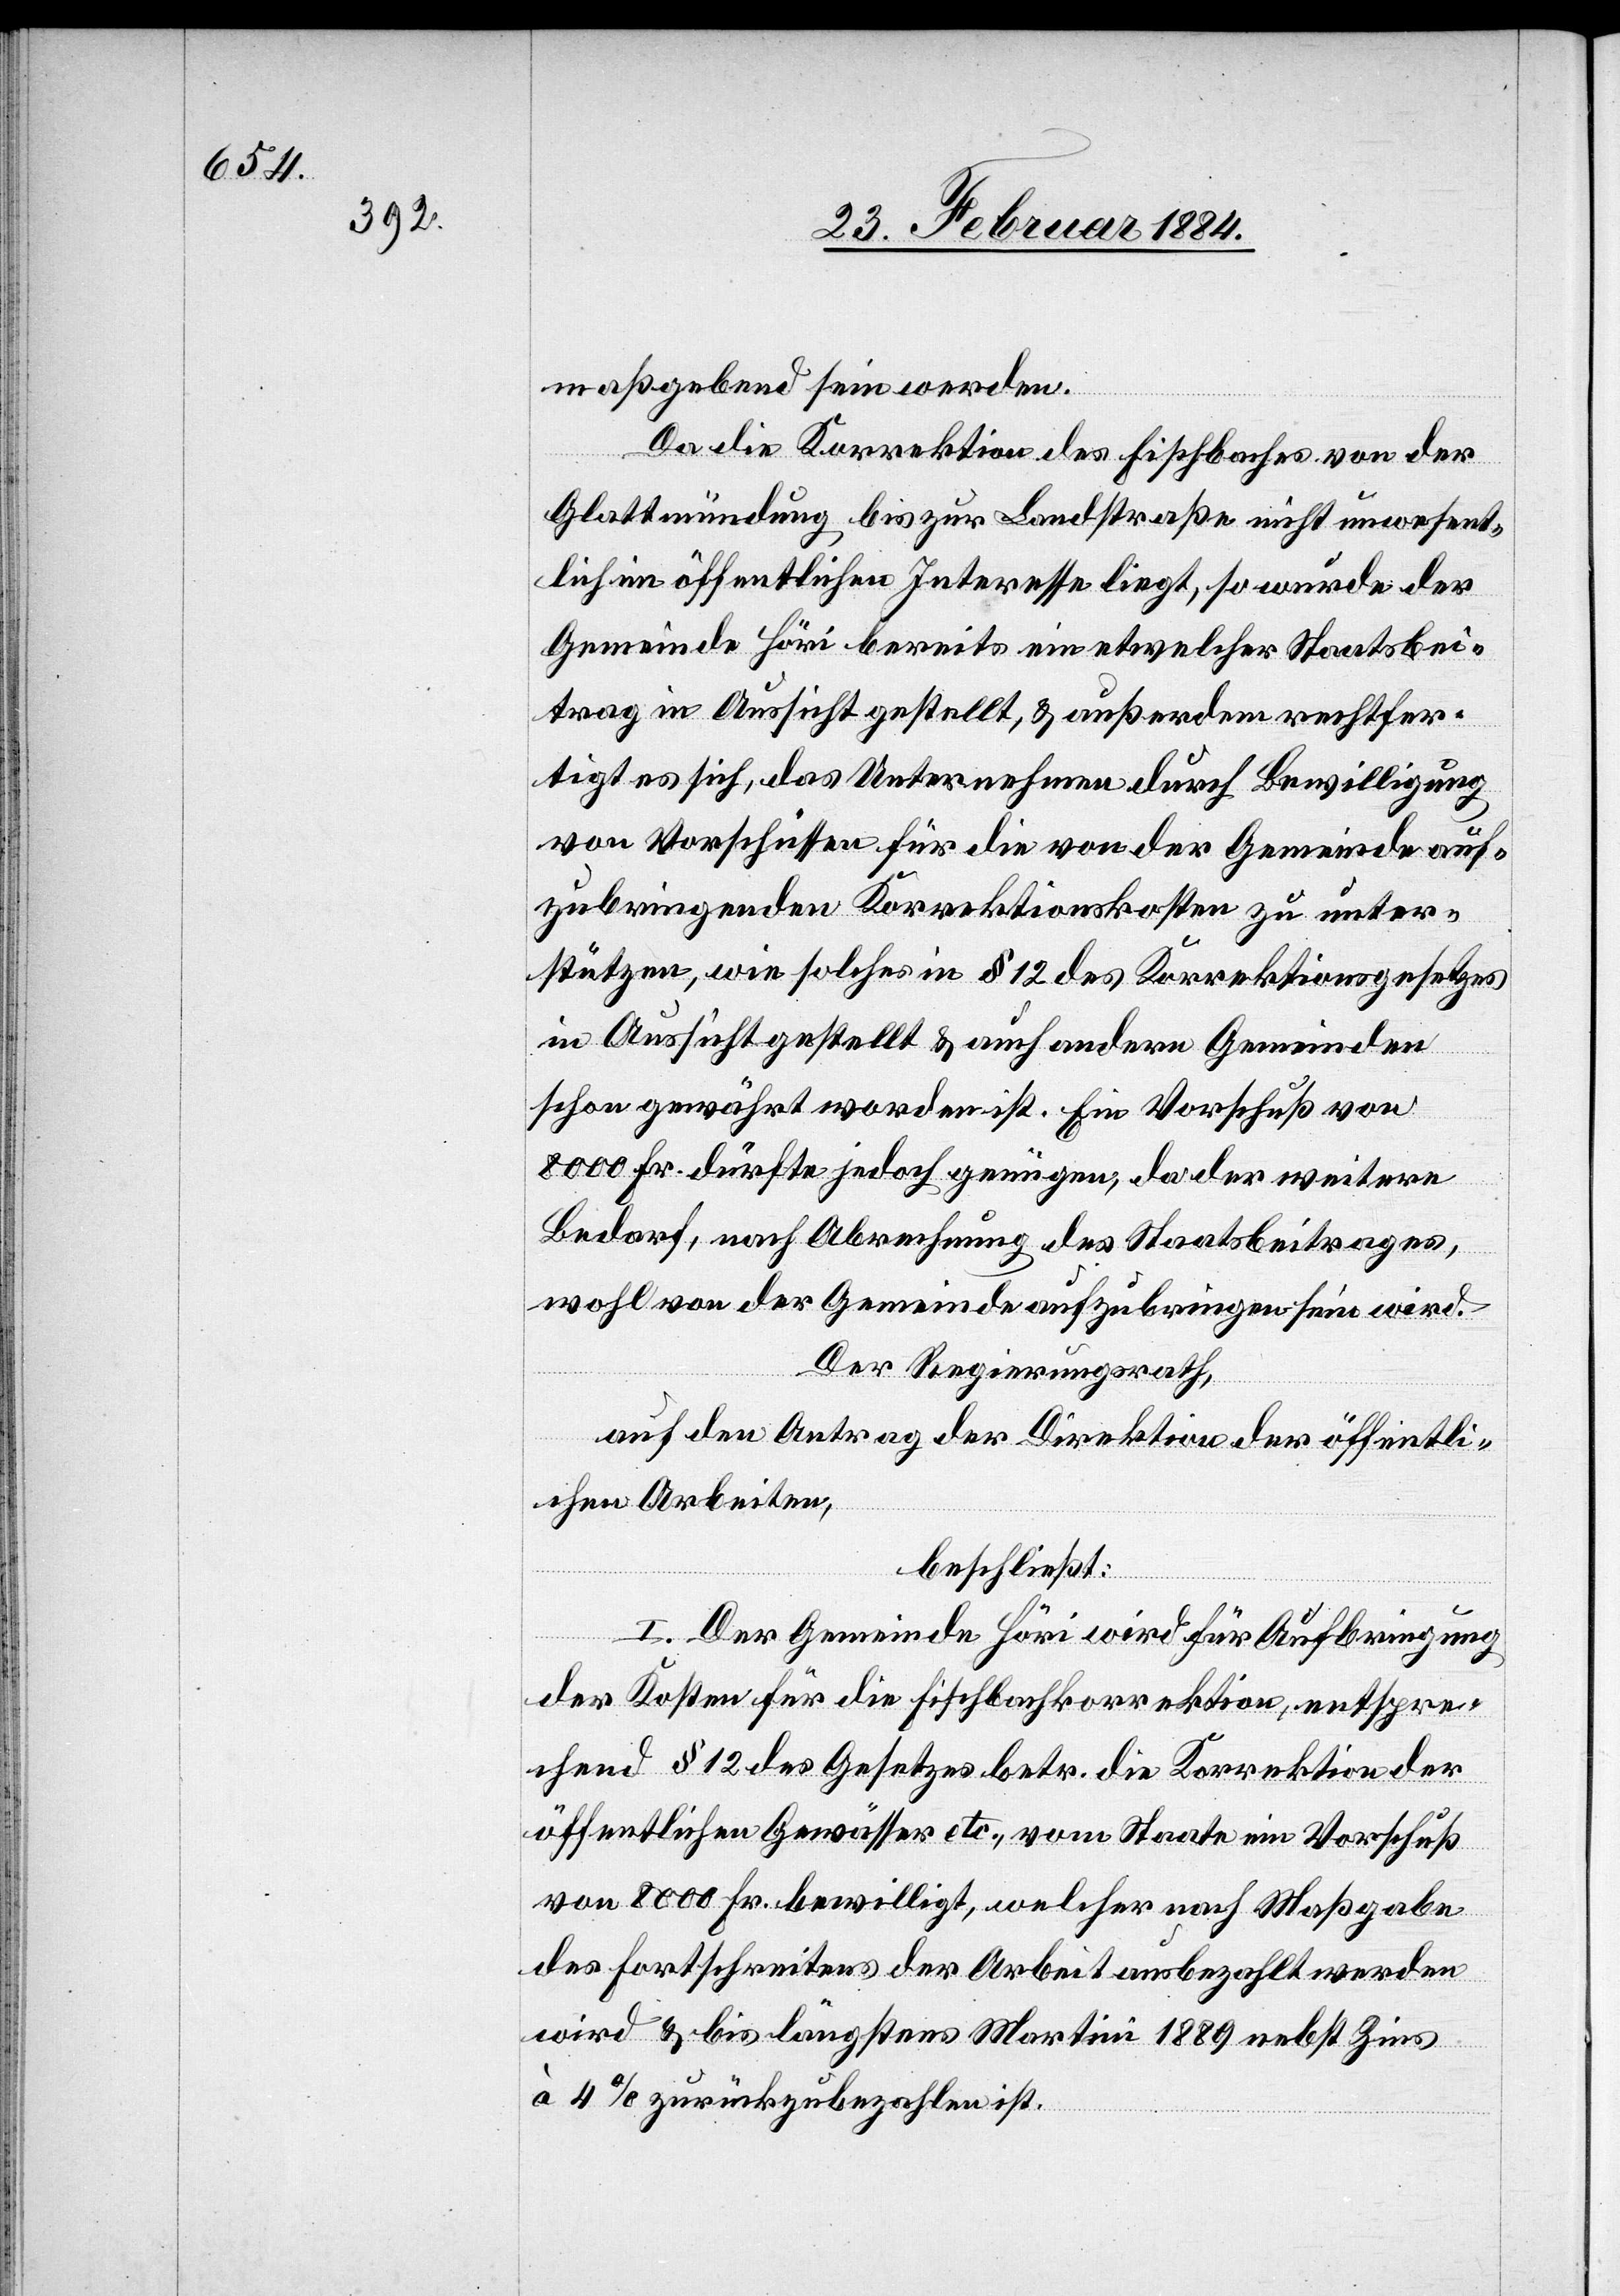
maßgebend sein werden.
Da die Korrektion des Fischbaches von der
Glattmündung bis zur Landstraße nicht unwesent¬
lich im öffentlichen Interesse liegt, so wurde der
Gemeinde Höri bereits ein etwelcher Staatsbei¬
trag in Aussicht gestellt, & außerdem rechtfer¬
tigt es sich, daß Unternehmen durch Bewilligung
von Vorschüssen für die von der Gemeinde auf¬
zubringenden Korrektionskosten zu unter¬
stützen, wie solches in § 12 des Korrektionsgesetzes
in Aussicht gestellt & auch andern Gemeinden
schon gewährt worden ist. Ein Vorschuß von
8000 Fr. dürfte jedoch genügen, da der weitere
Bedarf, nach Abrechnung des Staatsbeitrages,
wohl von der Gemeinde aufzubringen sein wird.
Der Regierungsrath,
auf den Antrag der Direktion der öffentli¬
chen Arbeiten,
beschließt:
I. Der Gemeinde Höri wird für Aufbringung
der Kosten für die Fischbachkorrektion, entspre¬
chend § 12 des Gesetzes betr. die Korrektion der
öffentlichen Gewässer etc., vom Staate ein Vorschuß
von 8000 Fr. bewilligt, welcher nach Maßgabe
des Fortschreitens der Arbeit ausbezahlt werden
wird & bis längstens Martini 1889 nebst Zins
à 4% zurückzubezahlen ist.